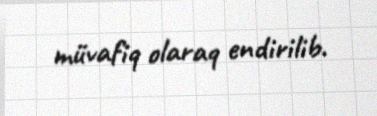
müvafiq olaraq endirilib.